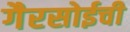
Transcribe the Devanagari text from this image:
गैरसोईची